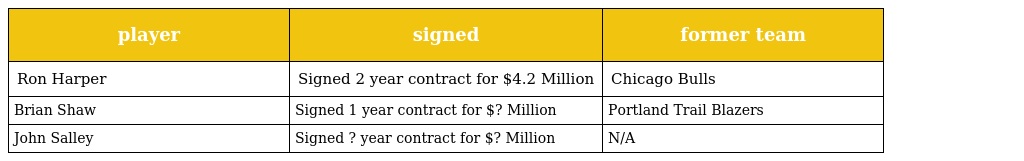
| player | signed | former team |
 | --- | --- | --- |
 | Ron Harper | Signed 2 year contract for $4.2 Million | Chicago Bulls |
 | Brian Shaw | Signed 1 year contract for $? Million | Portland Trail Blazers |
 | John Salley | Signed ? year contract for $? Million | N/A |